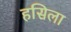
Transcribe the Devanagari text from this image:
हसिला